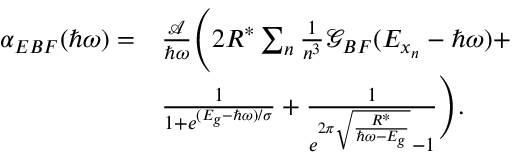
\begin{array} { r l } { \alpha _ { E B F } ( \hbar \omega ) = } & { \frac { \mathcal { A } } { \hbar \omega } \Bigg ( 2 R ^ { * } \sum _ { n } \frac { 1 } { n ^ { 3 } } \mathcal { G } _ { B F } ( E _ { x _ { n } } - \hbar \omega ) + } \\ & { \frac { 1 } { 1 + e ^ { ( E _ { g } - \hbar \omega ) / \sigma } } + \frac { 1 } { e ^ { 2 \pi \sqrt { \frac { R ^ { * } } { \hbar \omega - E _ { g } } } } - 1 } \Bigg ) . } \end{array}